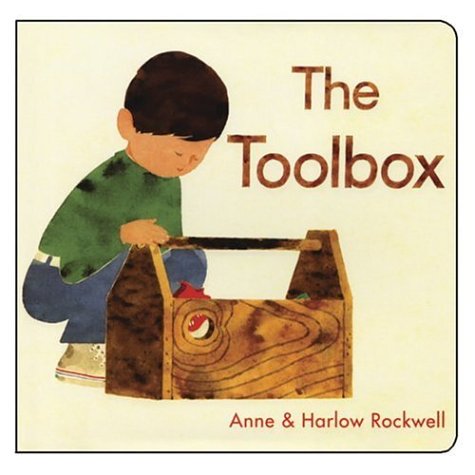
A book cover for The Toolbox; Anne Rockwell; Children's Books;